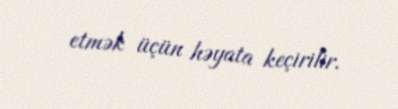
etmək üçün həyata keçirilir.